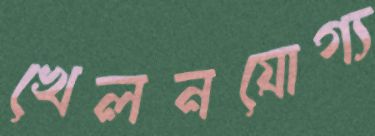
খেলনযোগ্য